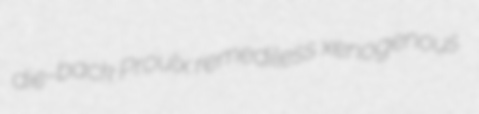
die-back Proulx remediless xenogenous